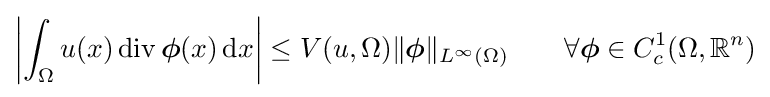
\left|\int _{\Omega }u(x)\operatorname {div} {\boldsymbol {\phi }}(x)\,\mathrm {d} x\right|\leq V(u,\Omega )\Vert {\boldsymbol {\phi }}\Vert _{L^{\infty }(\Omega )}\qquad \forall {\boldsymbol {\phi }}\in C_{c}^{1}(\Omega ,\mathbb {R} ^{n})